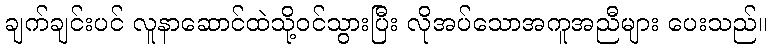
ချက်ချင်းပင် လူနာဆောင်ထဲသို့ဝင်သွားပြီး လိုအပ်သောအကူအညီများ ပေးသည်။